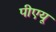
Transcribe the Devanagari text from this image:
पीएयू